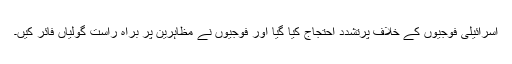
اسرائیلی فوجیوں کے خلاف پرتشدد احتجاج کیا گیا اور فوجیوں نے مظاہرین پر براہ راست گولیاں فائر کیں۔